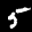
Label: 5